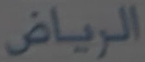
الرياض